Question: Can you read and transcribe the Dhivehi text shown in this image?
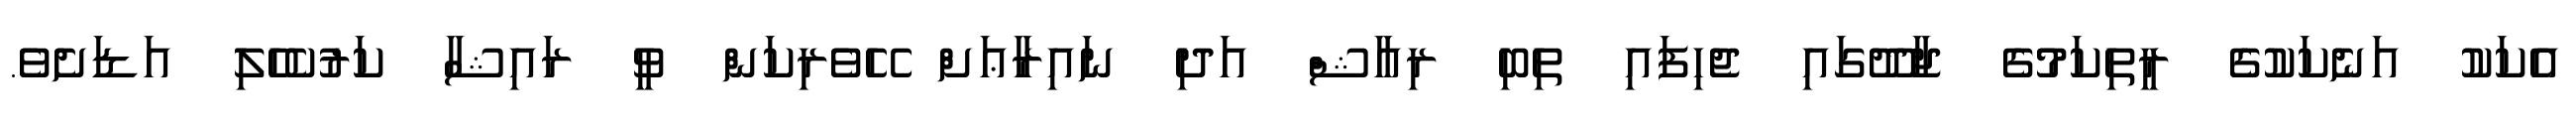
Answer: އެކަކު އަނެކަކުގެ ރީތިކަމުގެ ޖާދޫގައި ޖެހިފައި ތިބި ރިއާޝް އަދި ނައިރާޢަށް ހޭވެރިކަން ވީ ރައިޝާ ކަރުކެހެލި އަޑަށެވެ.